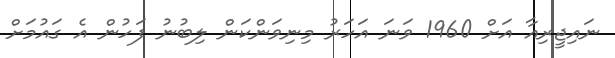
ނައިޖީރިއާ އަށް 1960 ވަނަ އަަހަރު މިނިވަންކަން ލިބުނު ފަހުން އެ ގައުމަށް